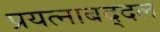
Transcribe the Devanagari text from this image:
प्रयत्नाबद्दल